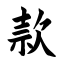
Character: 款